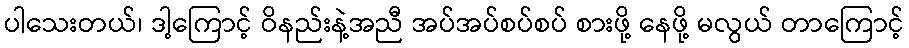
ပါသေးတယ်၊ ဒါ့ကြောင့် ဝိနည်းနဲ့အညီ အပ်အပ်စပ်စပ် စားဖို့ နေဖို့ မလွယ် တာကြောင့်